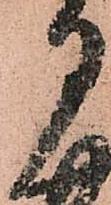
月